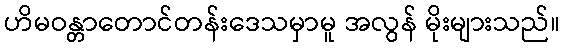
ဟိမဝန္တာတောင်တန်းဒေသမှာမူ အလွန် မိုးများသည်။